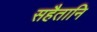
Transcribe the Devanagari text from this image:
सहैतानि